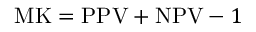
\mathrm { M K } = \mathrm { P P V } + \mathrm { N P V } - 1